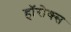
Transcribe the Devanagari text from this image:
हॉरोक्स